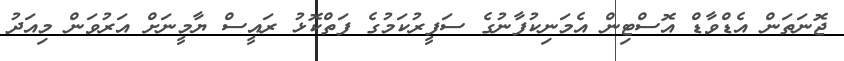
ޖޮނަތަން އެޑްވާޑް އޮސްޓިން އެމަނިކުފާނުގެ ސަފީރުކަމުގެ ފަތްކޮޅު ރައީސް ޔާމީނަށް އަރުވަން މިއަދު